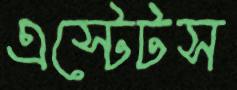
এস্টেটস